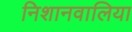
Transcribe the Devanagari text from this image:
निशानवालिया